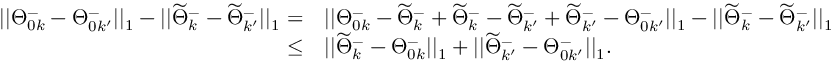
\begin{array} { r l } { | | \Theta _ { 0 k } ^ { - } - \Theta _ { 0 k ^ { \prime } } ^ { - } | | _ { 1 } - | | \widetilde { \Theta } _ { k } ^ { - } - \widetilde { \Theta } _ { k ^ { \prime } } ^ { - } | | _ { 1 } = } & { | | \Theta _ { 0 k } ^ { - } - \widetilde { \Theta } _ { k } ^ { - } + \widetilde { \Theta } _ { k } ^ { - } - \widetilde { \Theta } _ { k ^ { \prime } } ^ { - } + \widetilde { \Theta } _ { k ^ { \prime } } ^ { - } - \Theta _ { 0 k ^ { \prime } } ^ { - } | | _ { 1 } - | | \widetilde { \Theta } _ { k } ^ { - } - \widetilde { \Theta } _ { k ^ { \prime } } ^ { - } | | _ { 1 } } \\ { \leq } & { | | \widetilde { \Theta } _ { k } ^ { - } - \Theta _ { 0 k } ^ { - } | | _ { 1 } + | | \widetilde { \Theta } _ { k ^ { \prime } } ^ { - } - \Theta _ { 0 k ^ { \prime } } ^ { - } | | _ { 1 } . } \end{array}